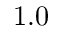
1 . 0